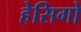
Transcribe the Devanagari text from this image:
हेसिगो